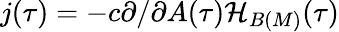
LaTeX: j(\tau)=-c\partial/\partial A(\tau){\cal H}_{B(M)}(\tau)